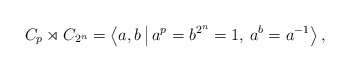
\begin{align*}C_p \rtimes C_{2^n} = \left\langle a, b \,\big\vert\, a^p = b^{2^n} = 1,\, a^b = a^{-1}\right\rangle, \end{align*}